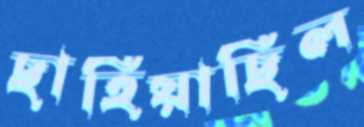
ছাহিয়াছিল